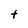
Character: t